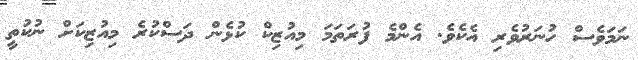
ނަމަވެސް ހުނަރުވެރި އެކެވެ. އެންމެ ފުރަތަމަ މިއުޒިކް ކުޅެން ދަސްކުރެ މިއުޒިކަށް ނުކުތީ